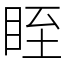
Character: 眰